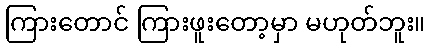
ကြားတောင် ကြားဖူးတော့မှာ မဟုတ်ဘူး။